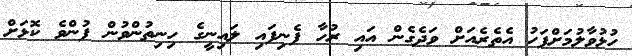
ހުޅުވާލުމަށްފަހު އެތެރެއަށް ވަދެގެން އައި ރުހާ ފެނިފައި ލައިނީގެ ހިނިތުންވުން ފުންވެ ކޮޅަށް